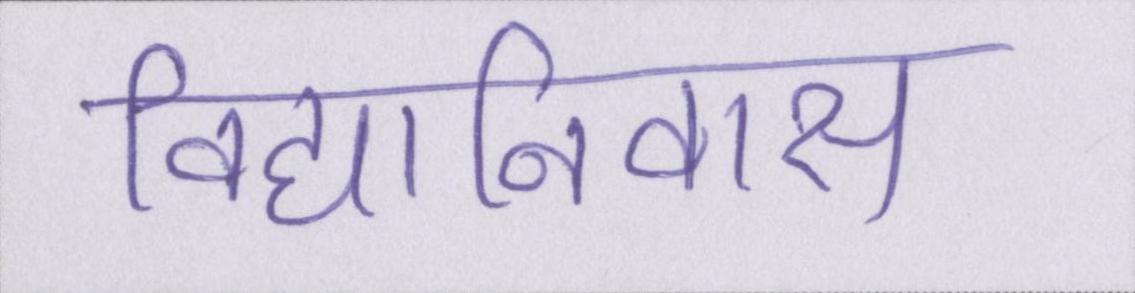
विद्यानिवास